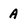
Character: A